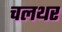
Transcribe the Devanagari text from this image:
चलथर